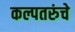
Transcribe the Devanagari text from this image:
कल्पतरुंचे